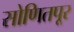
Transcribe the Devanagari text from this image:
सोणितपूर